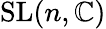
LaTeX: \operatorname{SL}(n,\mathbb{C})